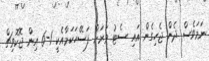
ނަމަވެސް ދެން ޖެހިގެން އައި ސެޓު ވަރަށް ފަސޭހަކަމާއެކީ 1-6 އިން ޖޮކޮވިޗް